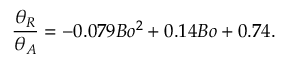
\frac { \theta _ { R } } { \theta _ { A } } = - 0 . 0 7 9 B o ^ { 2 } + 0 . 1 4 B o + 0 . 7 4 .